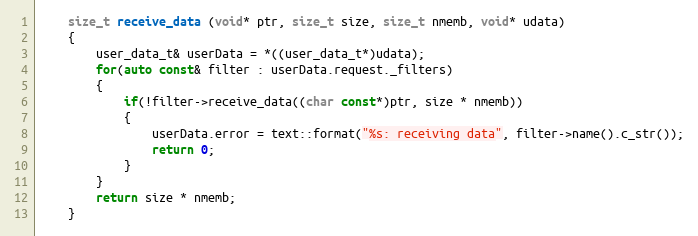
Language: C++
	size_t receive_data (void* ptr, size_t size, size_t nmemb, void* udata)
	{
		user_data_t& userData = *((user_data_t*)udata);
		for(auto const& filter : userData.request._filters)
		{
			if(!filter->receive_data((char const*)ptr, size * nmemb))
			{
				userData.error = text::format("%s: receiving data", filter->name().c_str());
				return 0;
			}
		}
		return size * nmemb;
	}